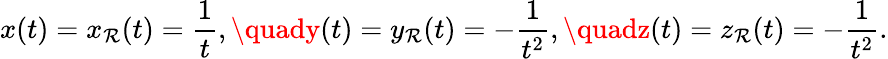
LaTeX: x(t)=x_{\mathcal{R}}(t)={\frac{{1}}{{t}}},\quady(t)=y_{\mathcal{R}}(t)=-{\frac{{1}}{{t^{2}}}},\quadz(t)=z_{\mathcal{R}}(t)=-{\frac{{1}}{{t^{2}}}}.